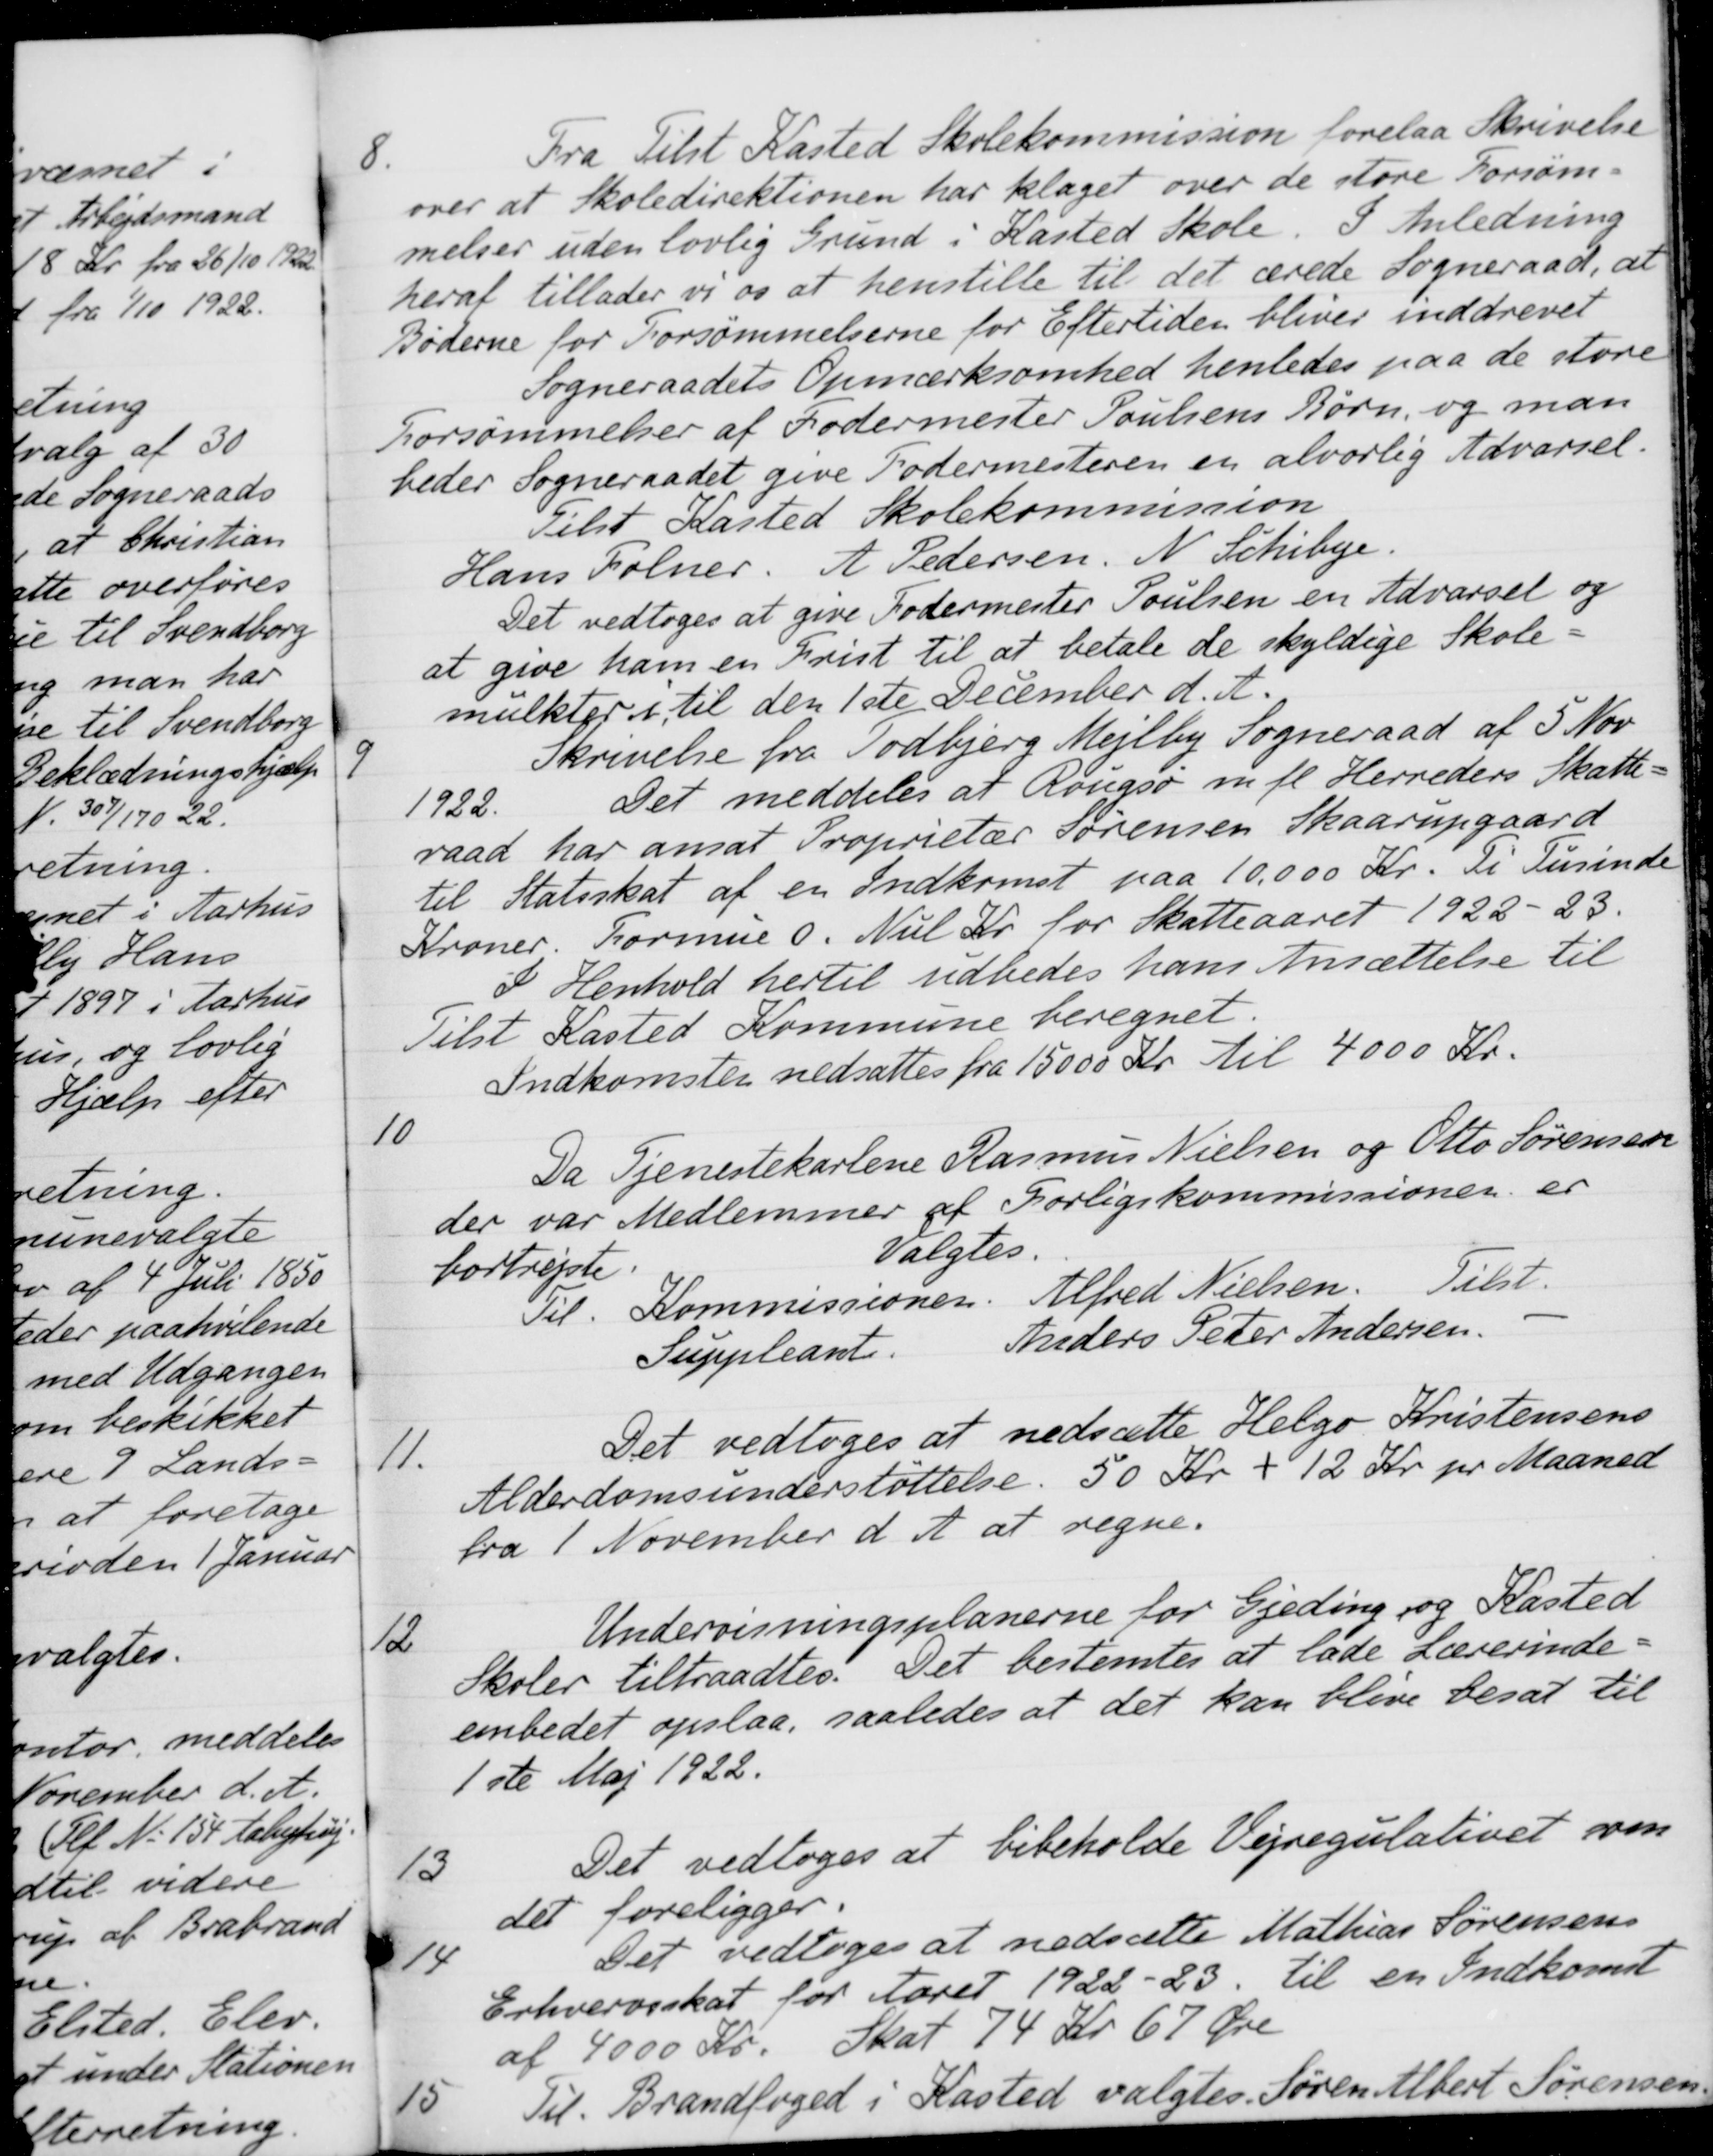
Transskription:
8.
Fra Tilst Kasted Skolekommission forelaa Skrivelse
over at Skoledirektionen har klaget over de store Forsøm-
melser uden lovlig Grund i Kasted Skole. I Anledning
heraf tillader vi os at henstille til det ærede Sogneraad, at
Bøderne for Forsømmelserne for Eftertiden bliver inddrevet
Sogneraadets Opmærksomhed henledes paa de store
Forsømmelser af Fodermester Poulsens Børn, og man
beder Sogneraadet give Fodermesteren en alvorlig Advarsel.
Tilst Kasted Skolekommission
Hans Folner
A Pedersen
N. Schibye.
Det vedtoges at give Fodermester Poulsen en Advarsel og
at give ham en Prist til at betale de skyldige Skole-
mulkter i til den 1ste December d. A.
9
Skrivelse fra Todbjerg Mejlby Sogneraad af 5 Nov
1922 Det meddeles at Rougsø m. fl. Herreders Skatte-
raad har ansat Proprietær Sørensen Skaarupgaard
til Statsskat af en Indkomst paa 10.000 Kr. Ti Tusinde
Kroner. Formue 0. Nul Kr for Skatteaaret 1922-23.
I Henhold hertil udbedes hans Ansættelse til
Tilst Kasted Kommune beregnet.
Indkomsten nedsattes fra 15000 Kr. til 4000 Kr.
10
Da Tjenestekarlene Rasmus Nielsen og Otto Sørensen
der var Medlemmer af Forligskommissionen er
bortrejste
Valgtes.
Til Kommissionen
Alfred Nielsen
Tilst.
Suppleant
Anders Peter Andersen
11.
Det vedtoges at nedsætte Helgo Kristensens
Alderdomsunderstøttelse. 50 Kr + 12 Kr pr Maaned
fra 1 November d. A. at regne.
12
Undervisningsplanerne for Gjeding og Kasted
Skoler tiltraadtes. Det bestemtes at lade Lærerinde-
embedet opslaa, saaledes at det kan blive besat til
1ste Maj 1922.
13
Det vedtoges at bibeholde Vejregulativet som
det foreligger.
14
Det vedtoges at nedsætte Mathias Sørensens
Erhvervsskat for Aaret 1922-23 til en Indkomst
af 4000 Kr
Skat 74 Kr 67 Øre
15
Til Brandfoged i Kasted valgtes Søren Albert Sørensen.